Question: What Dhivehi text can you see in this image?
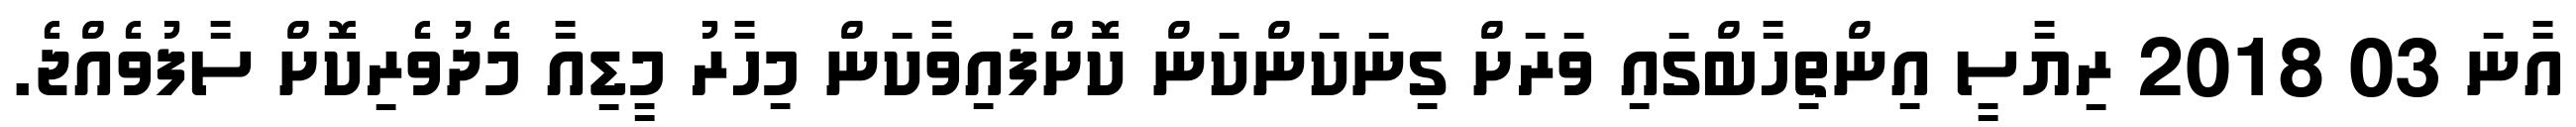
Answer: އާނަ 03 2018 ރިޔާސީ އިންތިހާބްގައި ވަރަށް ގިނަކަންކަން ކޮށްފައިވާކަން މިހާރު މީޑިއާ މެދުވެރިކޮށް ސާފުވެއްޖެ.